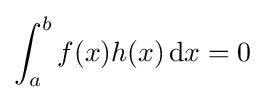
\int _{a}^{b}f(x)h(x)\,\mathrm {d} x=0